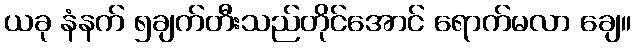
ယခု နံနက် ၅ချက်တီးသည်တိုင်အောင် ရောက်မလာ ချေ။